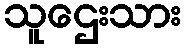
သူဌေးသား